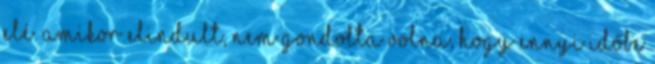
elé. Amikor elindult, nem gondolta volna, hogy ennyi időbe